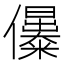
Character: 𠑔